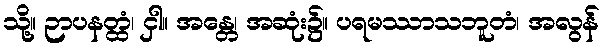
သို့။ ဉာပနတ္ထံ၊ ငှါ။ အန္တေ၊ အဆုံး၌။ ပရမဿာသဘူတံ၊ အလွန်